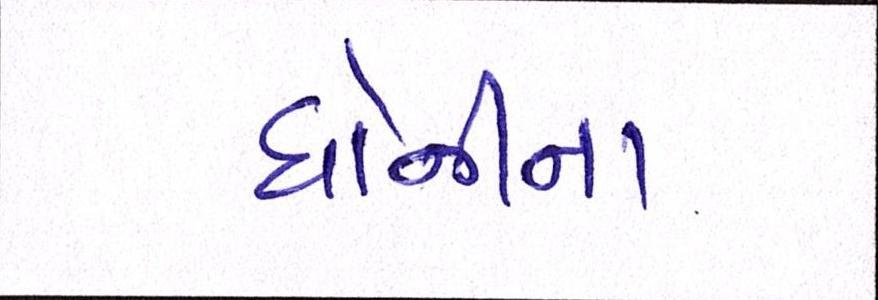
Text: ધોનીના